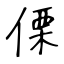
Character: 傈